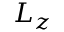
L _ { z }